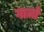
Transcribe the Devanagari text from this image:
गार्ज़ा